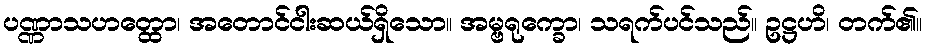
ပဏ္ဏာသဟတ္ထော၊ အတောင်ငါးဆယ်ရှိသော။ အမ္ဗရုက္ခော၊ သရက်ပင်သည်။ ဥဋ္ဌဟိ၊ တက်၏။